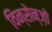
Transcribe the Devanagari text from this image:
विन्सेन्ज़ो